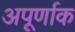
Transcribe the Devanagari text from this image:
अपूर्णाक